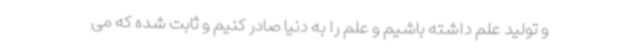
و تولید علم داشته باشیم و علم را به دنیا صادر کنیم و ثابت شده که می